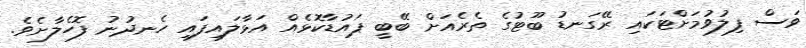
ވަސް ފިލުވުމަށްޓަކައި ރޭގަނޑު ބޫޓުގެ ތެރެއަށް ބޭބީ ޕައުޑާކޮޅެއް އަޅާލައިފައި ހެނދުނު ފޮހެލާށެވެ.